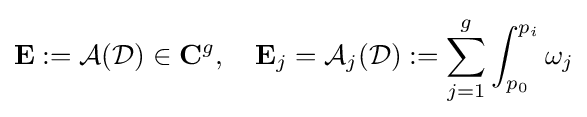
\mathbf {E} :={\mathcal {A}}({\mathcal {D}})\in \mathbf {C} ^{g},\quad \mathbf {E} _{j}={\mathcal {A}}_{j}({\mathcal {D}}):=\sum _{j=1}^{g}\int _{p_{0}}^{p_{i}}\omega _{j}